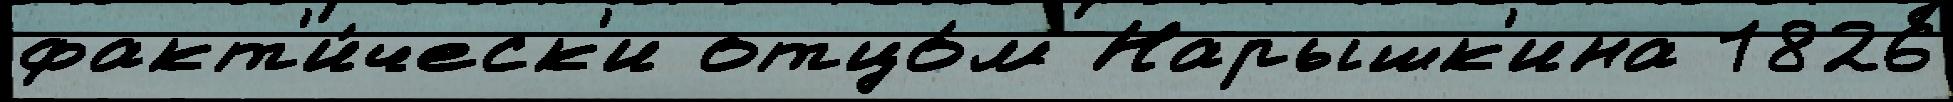
факт'и́ческ'и отцо́м Нарышк'ина 1826